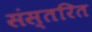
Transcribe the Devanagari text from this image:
संस्तरित